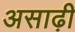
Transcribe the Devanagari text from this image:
असाढ़ी